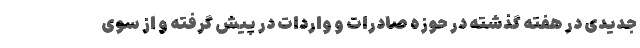
جدیدی در هفته گذشته در حوزه صادرات و واردات در پیش گرفته و از سوی